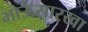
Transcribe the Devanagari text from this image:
भाऊंसारखा